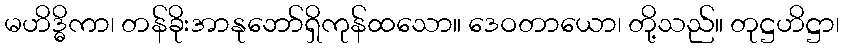
မဟိဒ္ဓိကာ၊ တန်ခိုးအာနုဘော်ရှိကုန်ထသော။ ဒေဝတာယော၊ တို့သည်။ တုဋ္ဌဟိဋ္ဌာ၊